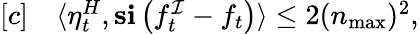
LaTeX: \begin{array}{rl}{[c]}&{{}\langle\eta_{t}^{H},\mathbf{s}\mathbf{i}\left(f_{t}^{\mathcal{I}}-f_{t}\right)\rangle\leq 2(n_{\operatorname*{max}})^{2},}\end{array}